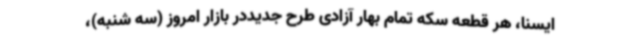
ایسنا، هر قطعه سکه تمام بهار آزادی طرح جدیددر بازار امروز (سه شنبه)،